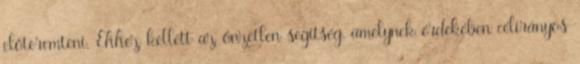
előteremteni. Ehhez kellett az önzetlen segítség, amelynek érdekében célirányos